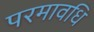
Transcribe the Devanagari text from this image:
परमावधि